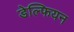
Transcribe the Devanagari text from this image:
डेल्फियन